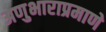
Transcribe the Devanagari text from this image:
अणुभाराप्रमाणे